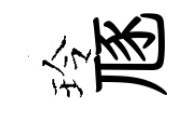
玲豗